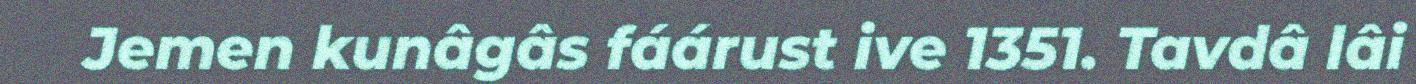
Jemen kunâgâs fáárust ive 1351. Tavdâ lâi